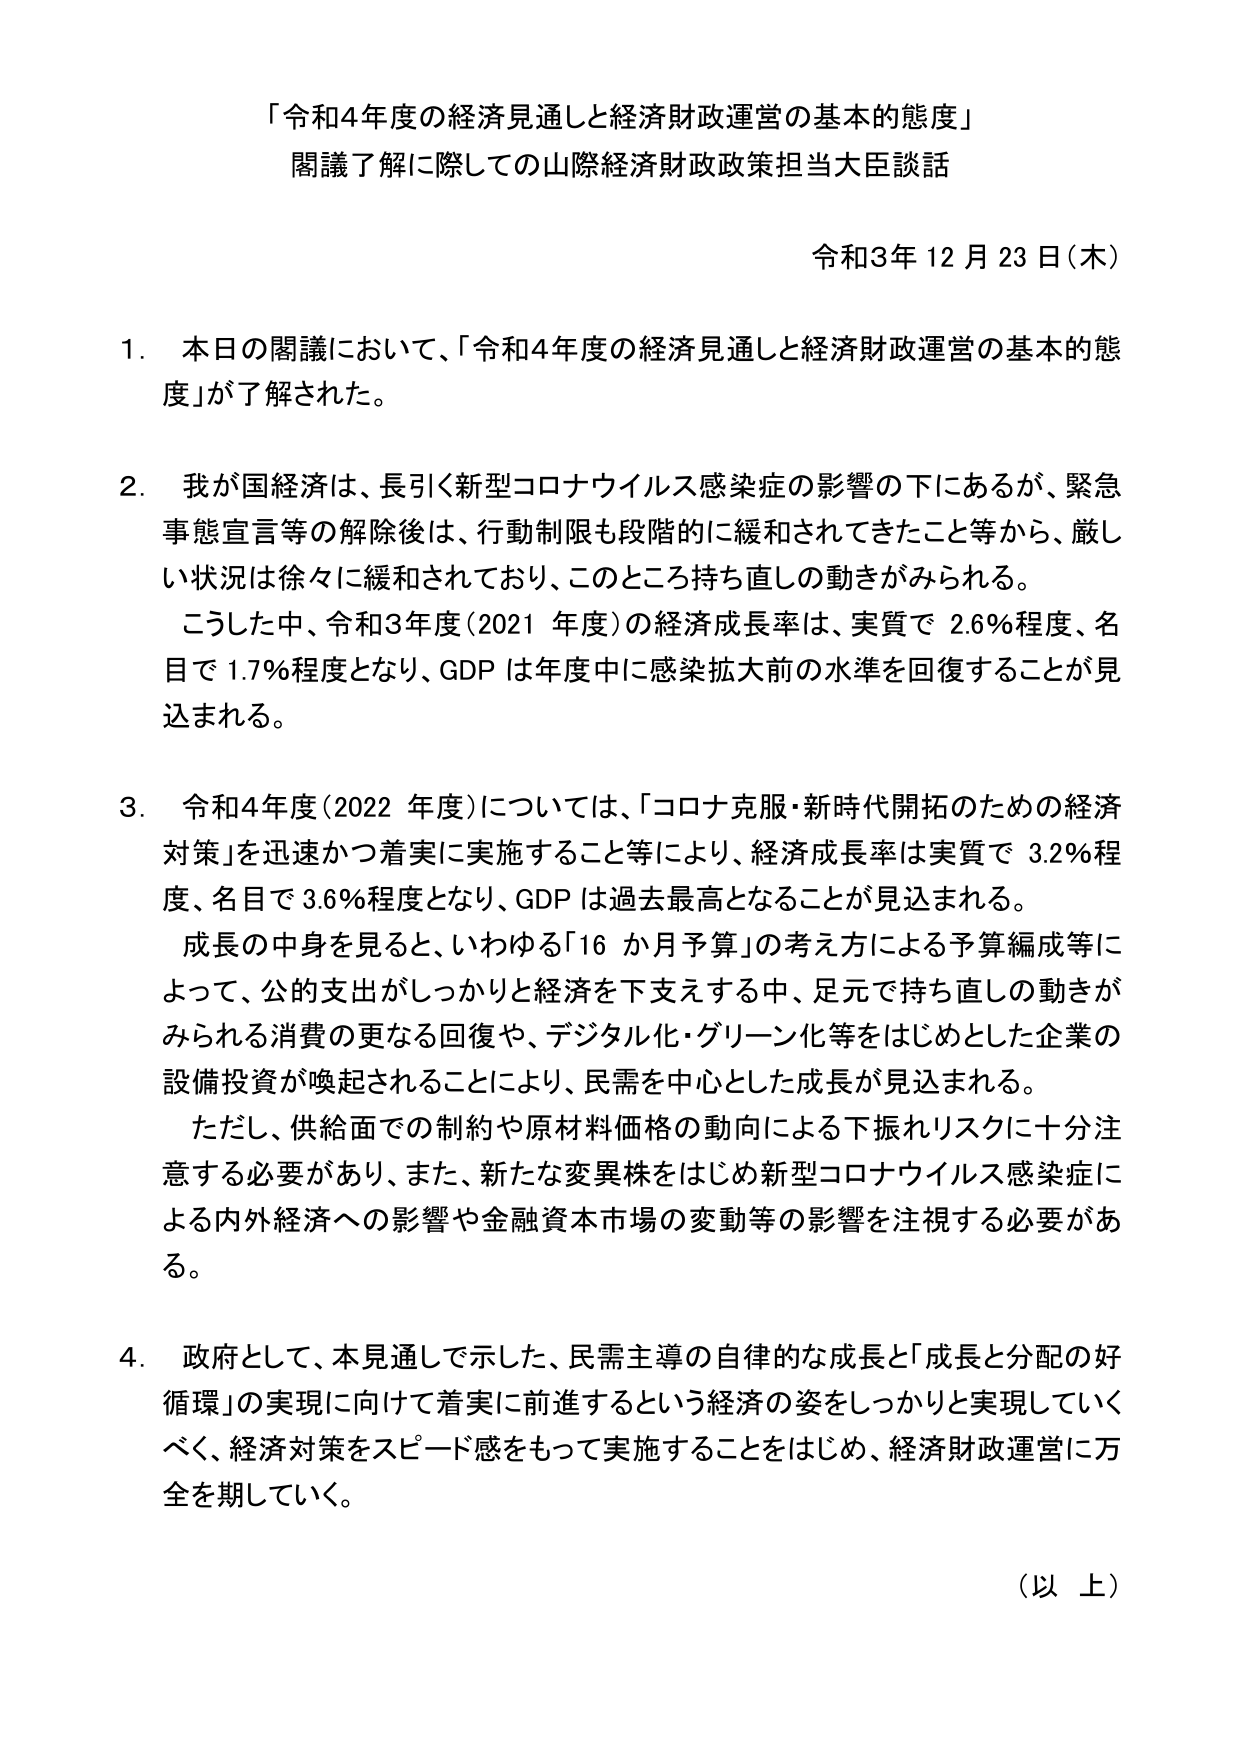
「令和4年度の経済見通しと経済財政運営の基本的態度」
閣議了解に際しての山際経済財政政策担当大臣談話

令和3年12月23日（木）

1. 本日の閣議において、「令和4年度の経済見通しと経済財政運営の基本的態度」が了解された。

2. 我が国経済は、長引く新型コロナウイルス感染症の影響の下にあるが、緊急事態宣言等の解除後は、行動制限も段階的に緩和されてきたこと等から、厳しい状況は徐々に緩和されており、このところ持ち直しの動きがみられる。
こうした中、令和3年度（2021年度）の経済成長率は、実質で2.6％程度、名目で1.7％程度となり、GDPは年度中に感染拡大前の水準を回復することが見込まれる。

3. 令和4年度（2022年度）については、「コロナ克服・新時代開拓のための経済対策」を迅速かつ着実に実施すること等により、経済成長率は実質で3.2％程度、名目で3.6％程度となり、GDPは過去最高となることが見込まれる。
成長の中身を見ると、いわゆる「16か月予算」の考え方による予算編成等によって、公的支出がしっかりと経済を下支えする中、足元で持ち直しの動きがみられる消費の更なる回復や、デジタル化・グリーン化等をはじめとした企業の設備投資が喚起されることにより、民需を中心とした成長が見込まれる。
ただし、供給面での制約や原材料価格の動向による下振れリスクに十分注意する必要があり、また、新たな変異株をはじめ新型コロナウイルス感染症による内外経済への影響や金融資本市場の変動等の影響を注視する必要がある。

4. 政府として、本見通しで示した、民需主導の自律的な成長と「成長と分配の好循環」の実現に向けて着実に前進するという経済の姿をしっかりと実現していくべく、経済対策をスピード感をもって実施することをはじめ、経済財政運営に万全を期していく。

（以上）